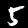
Digit: 5